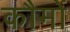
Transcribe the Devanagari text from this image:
कौमों